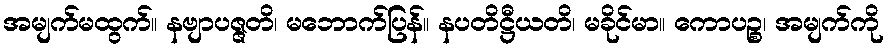
အမျက်မထွက်။ နဗျာပဇ္ဇတိ၊ မဘောက်ပြန်။ နပတိဋ္ဌီယတိ၊ မခိုင်မာ။ ကောပဉ္စ၊ အမျက်ကို